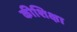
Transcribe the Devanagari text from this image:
कीशिक्षा